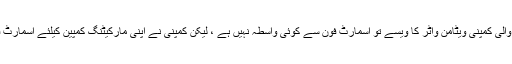
کوکا کولا کی ملکیت رکھنے والی کمپنی ویٹامن واٹر کا ویسے تو اسمارٹ فون سے کوئی واسطہ نہیں ہے ، لیکن کمپنی نے اپنی مارکیٹنگ کمپین کیلئے اسمارٹ فون یوزرس کو ہدف بنایا ہے۔